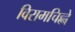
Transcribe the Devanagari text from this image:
विरामचिह्ने